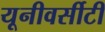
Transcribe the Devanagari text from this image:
यूनीवर्सीटी